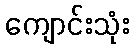
ကျောင်းသုံး